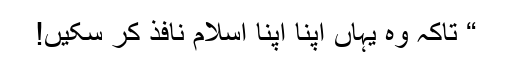
“ تاکہ وہ یہاں اپنا اپنا اسلام نافذ کر سکیں!